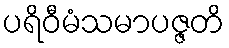
ပရိဝီမံသမာပဇ္ဇတိ